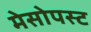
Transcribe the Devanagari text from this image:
मेसोपस्ट